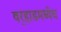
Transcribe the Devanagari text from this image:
वर्‍हाडमध्येच